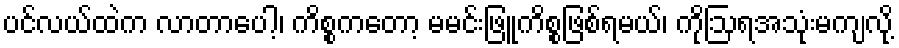
ပင်လယ်ထဲက လာတာပေါ့၊ ကိစ္စကတော့ မမင်းဖြူကိစ္စဖြစ်ရမယ်၊ ကိုဩရအသုံးမကျလို့